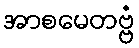
အာစမေတဗ္ဗံ